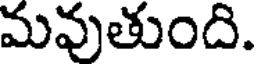
మవుతుంది.